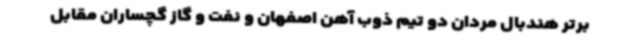
برتر هندبال مردان دو تیم ذوب آهن اصفهان و نفت و گاز گچساران مقابل